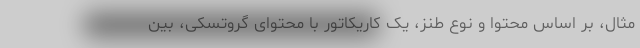
مثال، بر اساس محتوا و نوع طنز، یک کاریکاتور با محتوای گروتسکی، بین